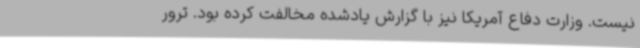
نیست. وزارت دفاع آمریکا نیز با گزارش یادشده مخالفت کرده بود. ترور